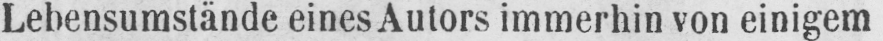
Lebensumstände eines Autors immerhin von einigem